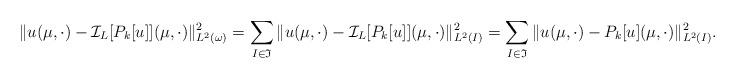
LaTeX: \begin{align*}\| u(\mu,\cdot) &- \mathcal{I}_{L}[P_{k}[u]](\mu,\cdot) \|_{L^{2}({\omega})}^{2} = \sum_{I \in \mathfrak{I}} \| u(\mu,\cdot) - \mathcal{I}_{L}[P_{k}[u]](\mu,\cdot) \|_{L^{2}(I)}^{2} = \sum_{I \in \mathfrak{I}} \| u(\mu,\cdot) - P_{k}[u](\mu,\cdot) \|_{L^{2}(I)}^{2}.\end{align*}